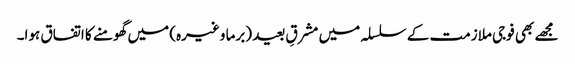
مجھے بھی فوجی ملازمت کے سلسلہ میں مشرقِ بعید (برما وغیرہ) میں گھومنے کا اتفاق ہوا۔